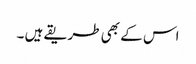
اس کے بھی طریقے ہیں ۔